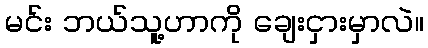
မင်း ဘယ်သူ့ဟာကို ချေးငှားမှာလဲ။